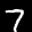
Label: 7